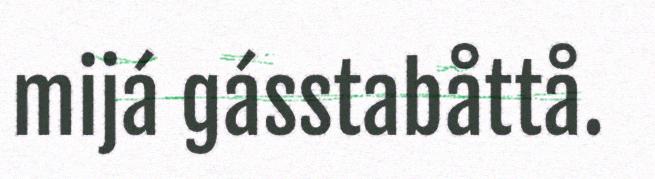
mijá gásstabåttå.